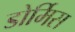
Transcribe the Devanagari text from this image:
डोर्मिस